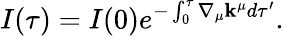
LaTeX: I(\tau)=I(0)e^{-\int_{0}^{\tau}\nabla_{\mu}\mathbf{k}^{\mu}d\tau^{\prime}}.